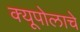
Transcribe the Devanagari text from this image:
क्यूपोलाचे